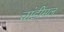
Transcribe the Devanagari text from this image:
चांडीमल